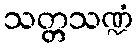
သတ္တသဏ္ဍံ